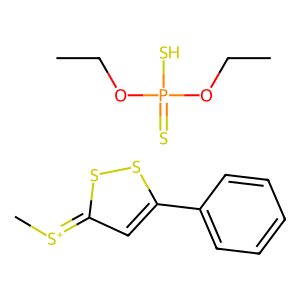
SMILES: CCOP(=S)(S)OCC.C[S+]=c1cc(-c2ccccc2)ss1
Inhibits HIV replication: No